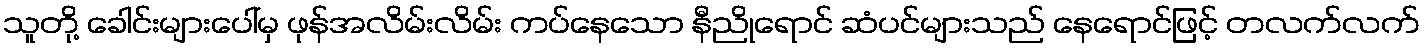
သူတို့ ခေါင်းများပေါ်မှ ဖုန်အလိမ်းလိမ်း ကပ်နေသော နီညိုရောင် ဆံပင်များသည် နေရောင်ဖြင့် တလက်လက်